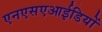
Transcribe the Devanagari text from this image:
एनएसएआईडियों